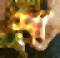
শ্রা